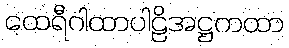
ထေရီဂါထာပါဠိအဋ္ဌကထာ